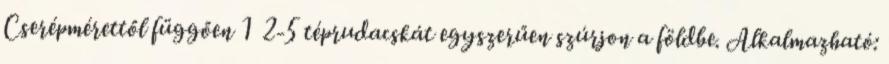
Cserépmérettől függően 1 2-5 téprudacskát egyszerűen szúrjon a földbe. Alkalmazható: